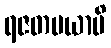
ရဇတမယာပိ